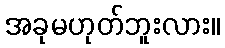
အခုမဟုတ်ဘူးလား။